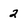
Character: 2